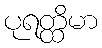
ပုရတ္ထိမာ